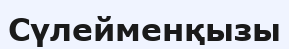
Сүлейменқызы